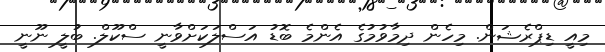
މިއީ ޑިޕްރެޝަން. މިހެން ދިމާވުމުގެ އެންމެ ބޮޑު އަސްލަކަށްވާނީ ސްކޫލް. ބުލީ ނޫނީ